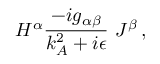
H ^ { \alpha } { \frac { - i g _ { \alpha \beta } } { k _ { A } ^ { 2 } + i \epsilon } } \ J ^ { \beta } \, ,